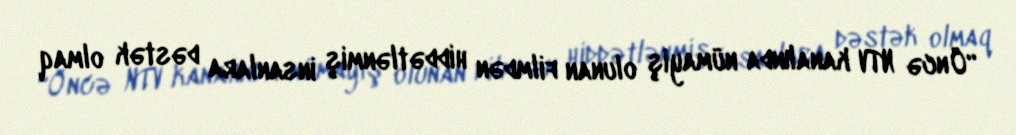
“Öncə NTV kanalında nümayiş olunan filmdən hiddətlənmiş insanlara dəstək olmaq